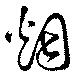
烟